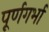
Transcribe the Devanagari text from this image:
पूर्णगर्भा